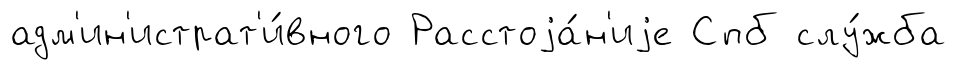
адм'ин'истрат'и́вного Расстоjа́н'иjе Спб слу́жба